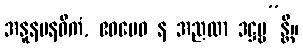
အနူနမနဓိကံ, ဧဝမေဝ န အညထာ ဒဋ္ဌဗ္ဗ”န္တိ။